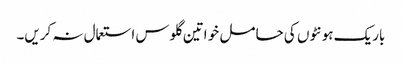
باریک ہونٹوں کی حا مل خو اتین گلوس استعمال نہ کریں۔